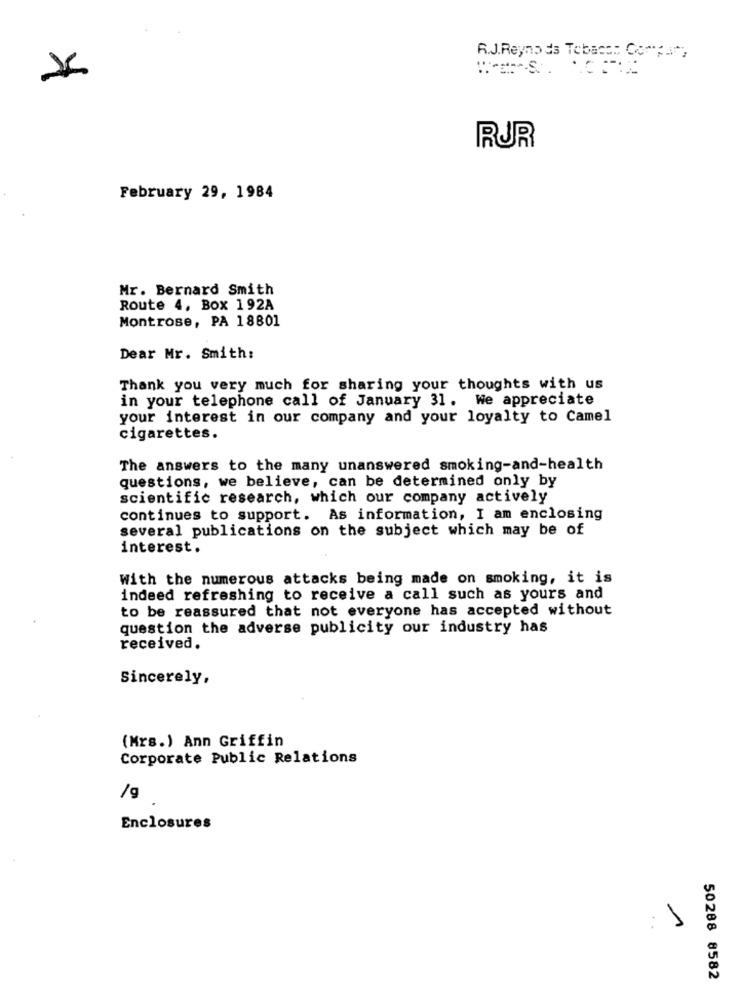
R.J.Reynolds Tobaco: Compar,
RUR
February 29, 1984
Mr. Bernard Smith
Route 4, Box 192A
Montrose, PA 18801
Dear Mr. Smith:
Thank you very much for sharing your thoughts with us
in your telephone call of January 31. We appreciate
your interest in our company and your loyalty to Camel
cigarettes.
The answers to the many unanswered smoking-and-health
questions, we believe, can be determined only by
scientific research, which our company actively
continues to support. As information, I am enclosing
several publications on the subject which may be of
interest.
With the numerous attacks being made on smoking, it is
indeed refreshing to receive a call such as yours and
to be reassured that not everyone has accepted without
question the adverse publicity our industry has
received.
Sincerely,
(Mrs.) Ann Griffin
Corporate Public Relations
/g
Enclosures
1
50288 8582